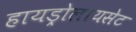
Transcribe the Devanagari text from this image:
हायड्रोलायसेट